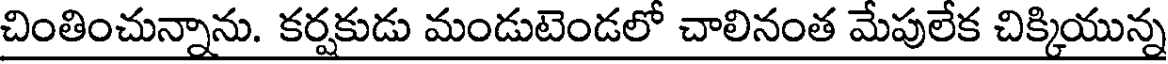
చింతించున్నాను. కర్షకుడు మండుటెండలో చాలినంత మేపులేక చిక్కియున్న